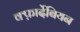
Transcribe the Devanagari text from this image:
क्फ़ार्देबियन